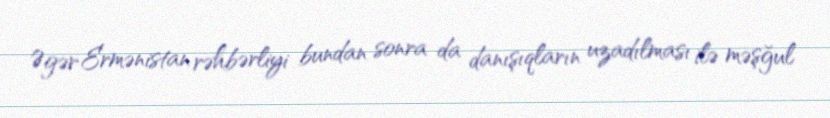
Əgər Ermənistan rəhbərliyi bundan sonra da danışıqların uzadılması ilə məşğul